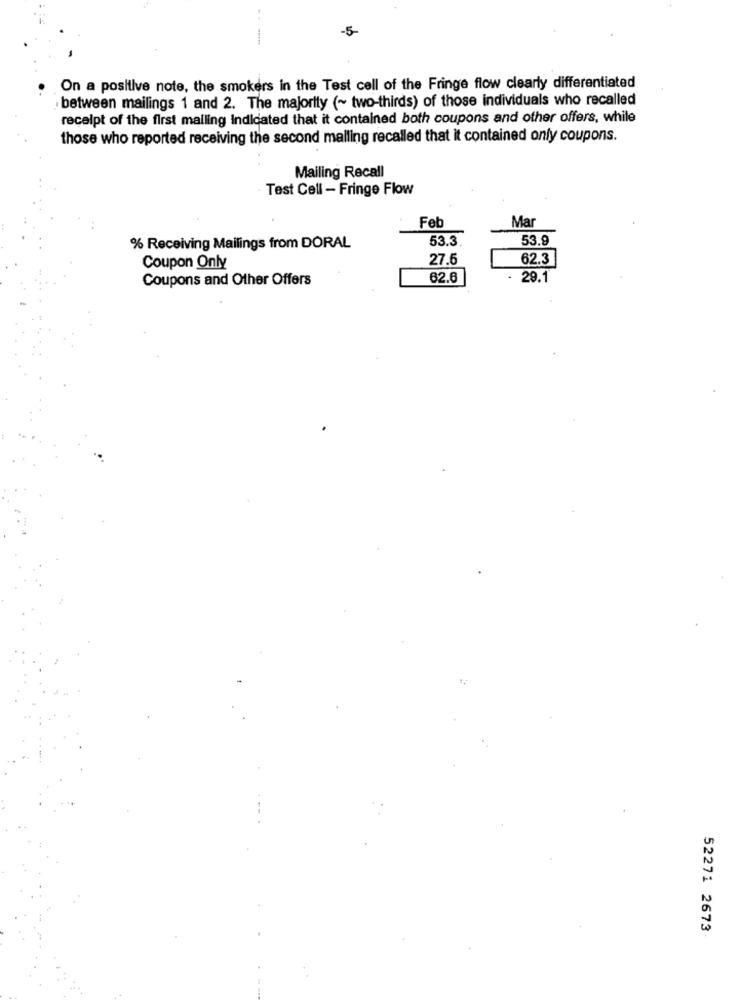
-5
On a positive note, the smokers in the Test cell of the Fringe flow clearly differentiated
between mailings 1 and 2. The majority (~ two-thirds) of those individuals who recalled
receipt of the first mailing Indicated that it contained both coupons and other offers, while
those who reported receiving the second malling recalled that it contained only coupons.
Mailing Recall
Test Cell - Fringe Flow
Feb
Mar
53.3
53.9
% Receiving Mailings from DORAL
27.5
62.3
Coupon Only
Coupons and Other Offers
62.6
29.1
52271 2673